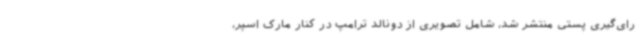
رای‌گیری پستی منتشر شد، شامل تصویری از دونالد ترامپ در کنار مارک اسپر،